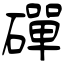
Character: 磾